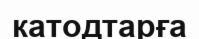
катодтарға